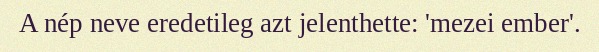
A nép neve eredetileg azt jelenthette: 'mezei ember'.